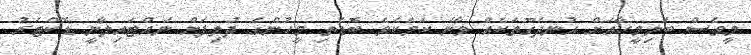
މީވެސް ބަލިމީހާއަށް އުނދަގޫތަކެއް ވާނެ ކަމެކެވެ ބޮޑެތި މީހުންގެ ދުލިފަށް ނައްޓައިލާނީ ޑޮކްޓަރު